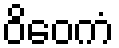
ဝိဝေကံ